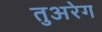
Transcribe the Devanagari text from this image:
तुअरेग